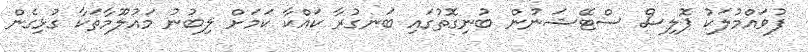
ފުވައްމުލަކު ޕޮލިސް ސްޓޭޝަނުން ބުނިގޮތުގައި ބަނގުރާ ކައްކާ ކަމަށް ލިބުނު މައުލޫމާތަކާ ގުޅިގެން